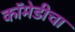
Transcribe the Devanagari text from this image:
कॉमेडीचा